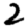
Digit: 2